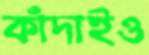
কাঁদাইও